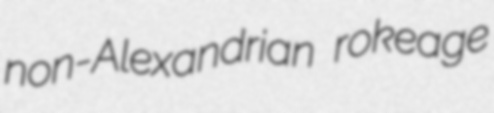
non-Alexandrian rokeage